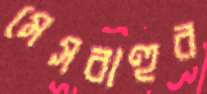
মেসবাহুর